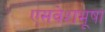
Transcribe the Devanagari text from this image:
एसवेशभूषा